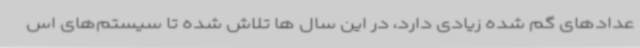
عدادهای گم شده زیادی دارد، در این سال ها تلاش شده تا سیستم‌های اس